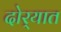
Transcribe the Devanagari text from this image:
दोर्‍यात